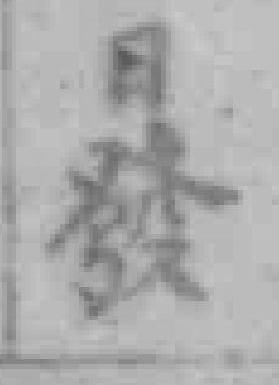
日發